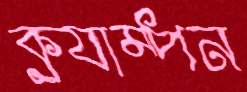
ক্র্যাম্পন